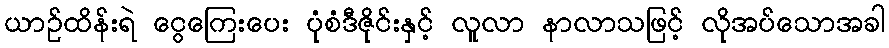
ယာဉ်ထိန်းရဲ ငွေကြေးပေး ပုံစံဒီဇိုင်းနှင့် လူလာ နာလာသဖြင့် လိုအပ်သောအခါ